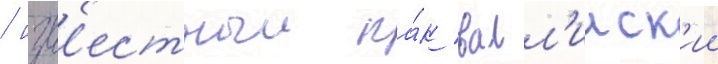
/ изв'естныи ка́к валл'ииск'ии